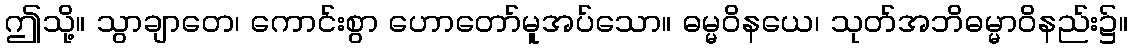
ဤသို့။ သွာချာတေ၊ ကောင်းစွာ ဟောတော်မူအပ်သော။ ဓမ္မဝိနယေ၊ သုတ်အဘိဓမ္မာဝိနည်း၌။